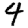
Digit: 4